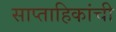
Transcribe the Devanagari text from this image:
साप्ताहिकांची